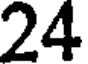
24